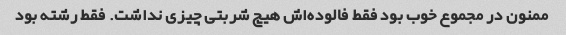
ممنون در مجموع خوب بود فقط فالوده‌اش هیچ شربتی چیزی نداشت. فقط رشته بود